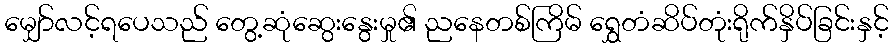
မျှော်လင့်ရပေသည် တွေ့ဆုံဆွေးနွေးမှု၏ ညနေတစ်ကြိမ် ရွှေတံဆိပ်တုံးရိုက်နှိပ်ခြင်းနှင့်